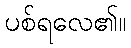
ပစ်ရလေ၏။